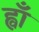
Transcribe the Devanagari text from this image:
ह्वाँ